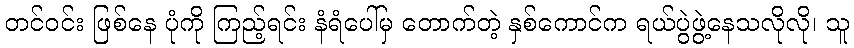
တင်ဝင်း ဖြစ်နေ ပုံကို ကြည့်ရင်း နံရံပေါ်မှ တောက်တဲ့ နှစ်ကောင်က ရယ်ပွဲဖွဲ့နေသလိုလို၊ သူ